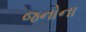
જનોના